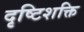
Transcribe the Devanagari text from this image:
दृष्टिशक्ति